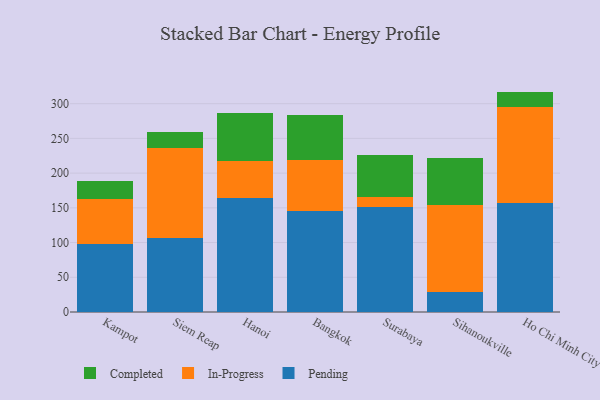
{"axis": {"x": "City", "y": "Page Views"}, "legend": ["Completed", "In-Progress", "Pending"], "data": [{"x": "Kampot", "y": 97.6, "type": "Pending"}, {"x": "Kampot", "y": 65.4, "type": "In-Progress"}, {"x": "Kampot", "y": 25.3, "type": "Completed"}, {"x": "Siem Reap", "y": 105.9, "type": "Pending"}, {"x": "Siem Reap", "y": 130.0, "type": "In-Progress"}, {"x": "Siem Reap", "y": 23.0, "type": "Completed"}, {"x": "Hanoi", "y": 163.9, "type": "Pending"}, {"x": "Hanoi", "y": 53.1, "type": "In-Progress"}, {"x": "Hanoi", "y": 69.3, "type": "Completed"}, {"x": "Bangkok", "y": 145.7, "type": "Pending"}, {"x": "Bangkok", "y": 72.5, "type": "In-Progress"}, {"x": "Bangkok", "y": 65.6, "type": "Completed"}, {"x": "Surabaya", "y": 151.2, "type": "Pending"}, {"x": "Surabaya", "y": 14.7, "type": "In-Progress"}, {"x": "Surabaya", "y": 60.6, "type": "Completed"}, {"x": "Sihanoukville", "y": 28.4, "type": "Pending"}, {"x": "Sihanoukville", "y": 125.3, "type": "In-Progress"}, {"x": "Sihanoukville", "y": 67.6, "type": "Completed"}, {"x": "Ho Chi Minh City", "y": 157.5, "type": "Pending"}, {"x": "Ho Chi Minh City", "y": 137.3, "type": "In-Progress"}, {"x": "Ho Chi Minh City", "y": 22.6, "type": "Completed"}]}